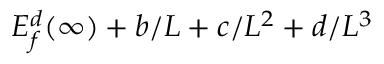
E _ { f } ^ { d } ( \infty ) + b / L + c / L ^ { 2 } + d / L ^ { 3 }